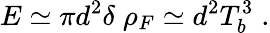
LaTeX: E\simeq\pi d^{2}\delta\; \rho_{F}\simeq d^{2}T_{b}^{3}\; .